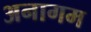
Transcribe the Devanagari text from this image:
अनागम